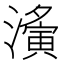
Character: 濥